Cholera in southern India
Disease focus: Cholera
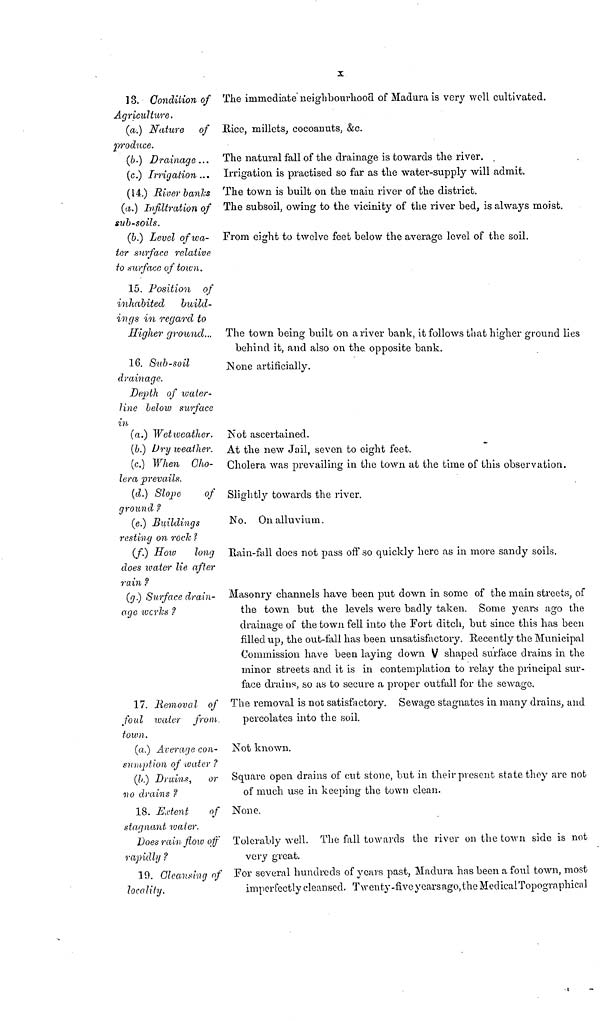
X
13. Condition of
Agriculture.
The immediate neighbourhood of Madura is very well cultivated.
(a.) Nature of
produce.
Rice, millets, cocoanuts, &c.
(b.) Drainage ... The natural fall of the drainage is towards the river.
(c.) Irrigation... Irrigation is practised so far as the water-supply will admit.
(14.) River banks The town is built on the main river of the district.
(a.) Infiltration of
sub-soils.
The subsoil, owing to the vicinity of the river bed, is always moist.
(b.) Level of wa-
ter surface relative
to surface of town.
From eight to twelve feet below the average level of the soil.
15. Position of
inhabited
build-
ings in regard to
Higher ground... The town being built on a river bank, it follows that higher ground lies
behind it, and also on the, opposite bank.
16. Sub-soil
drainage.
Depth of water-
line below surface
in
None artificially.
(a.) Wet weather. Not ascertained.
(b.) Dry weather. At the new Jail, seven to eight feet.
(c.) When Cho-
lera prevails.
Cholera was prevailing in the town at the time of this observation.
(d.) Slope
of
ground ?
Slightly towards the river.
(e.) Buildings
resting on rock
No. On alluvium.
(f.) How long
does water lie after
rain ?
Rain-fall does not pass off so quickly here as in more sandy soils.
(g.) Surface drain-
age works ?
Masonry channels have been put down in some of the main streets, of
the town but the levels were badly taken. Some years ago the
drainage of the town fell into the Fort ditch, but since this has been
filled up, the out-fall has been unsatisfactory. Recently the Municipal
Commission have been laying down V shaped surface drains in the
minor streets and it is in contemplation to relay the principal sur-
face drains, so as to secure a proper outfall for the sewage.
17. Removal of
foul water from
town.
The removal is not satisfactory. Sewage stagnates in many drains, and
percolates into the soil.
(a.) Average con-
sumption of water ?
Not known.
(b.) Drains, or
no drains ?
Square open drains of cut stone, but in their present state they are not
of much use in keeping the town clean.
18. Extent of
stagnant water.
None.
Does rain flow off
rapidly ?
Tolerably well. The fall towards the river on the town side is not
very great.
19. Cleansing of
locality.
For several hundreds of years past, Madura has been a foul town, most
imperfectly cleansed. Twenty-five yearsago, the Medical Topographical